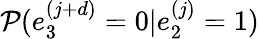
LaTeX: \mathcal{P}(e_{3}^{(j+d)}=0|e_{2}^{(j)}=1)